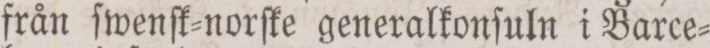
från ſwenſk=norſke generalkonſuln i Barce=